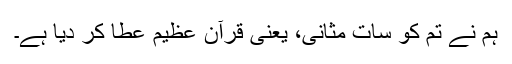
ہم نے تم کو سات مثانی، یعنی قرآن عظیم عطا کر دیا ہے۔